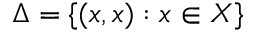
\Delta = \{ ( x , x ) : x \in X \}